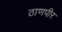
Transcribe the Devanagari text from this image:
ठाणपीर